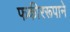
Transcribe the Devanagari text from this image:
फकीररूपाने